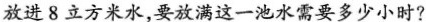
放进8立方米水，要放满这一池水需要多少小时?